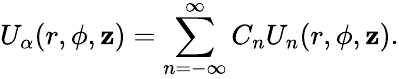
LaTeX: U_{\alpha}(r,\phi,\mathbf{z})=\sum_{n=-\infty}^{\infty}C_{n}U_{n}(r,\phi,\mathbf{z}).